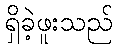
ရှိခဲ့ဖူးသည်